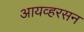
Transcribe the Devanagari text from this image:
आयव्हरसन